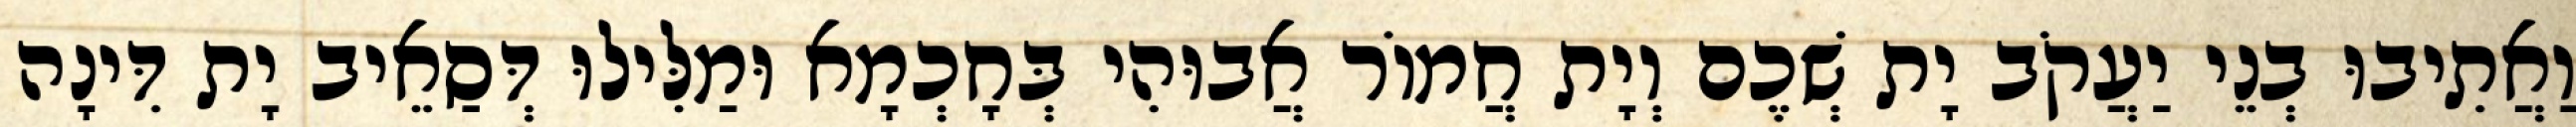
וַאֲתִיבוּ בְנֵי יַעֲקֹב יָת שְׁכֶם וְיָת חֲמוֹר אֲבוּהִי בְּחָכְמָא וּמַלִּילוּ דְּסַאֵיב יָת דִּינָה